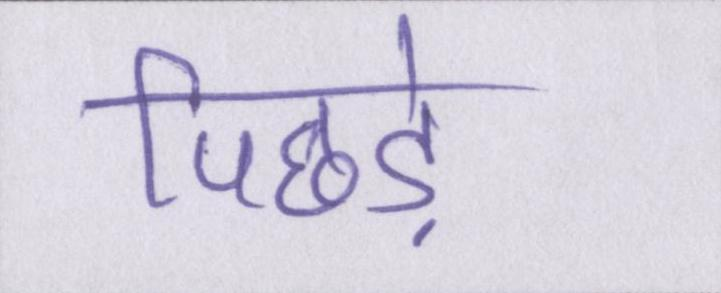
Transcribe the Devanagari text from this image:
पिछड़े